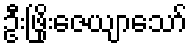
ဦးဖြိုးဇေယျာသော်